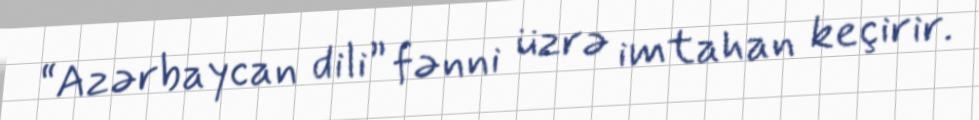
“Azərbaycan dili” fənni üzrə imtahan keçirir.